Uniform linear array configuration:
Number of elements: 8
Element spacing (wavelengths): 0.75
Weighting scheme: hann
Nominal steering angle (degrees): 30
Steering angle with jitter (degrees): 30.752
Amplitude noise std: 0.05
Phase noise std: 0.05

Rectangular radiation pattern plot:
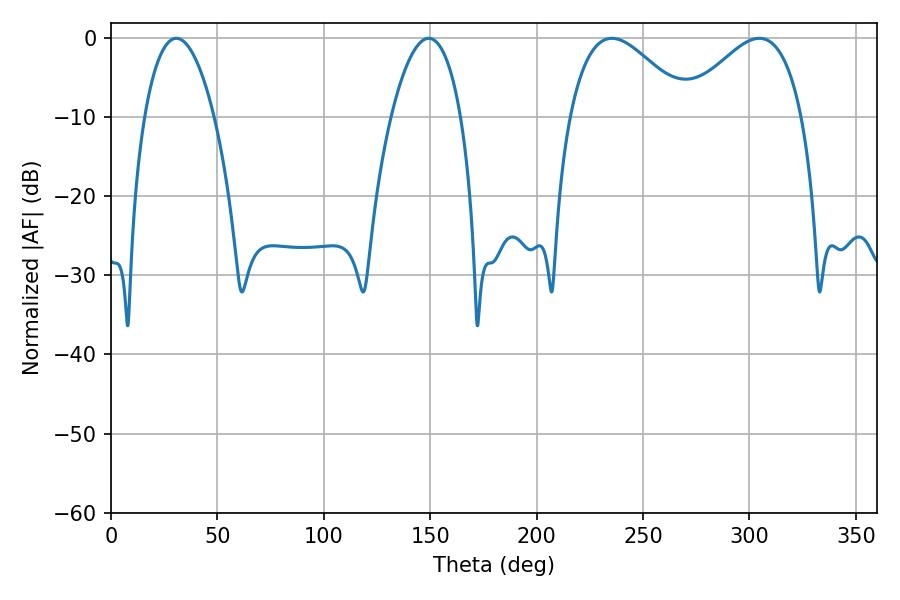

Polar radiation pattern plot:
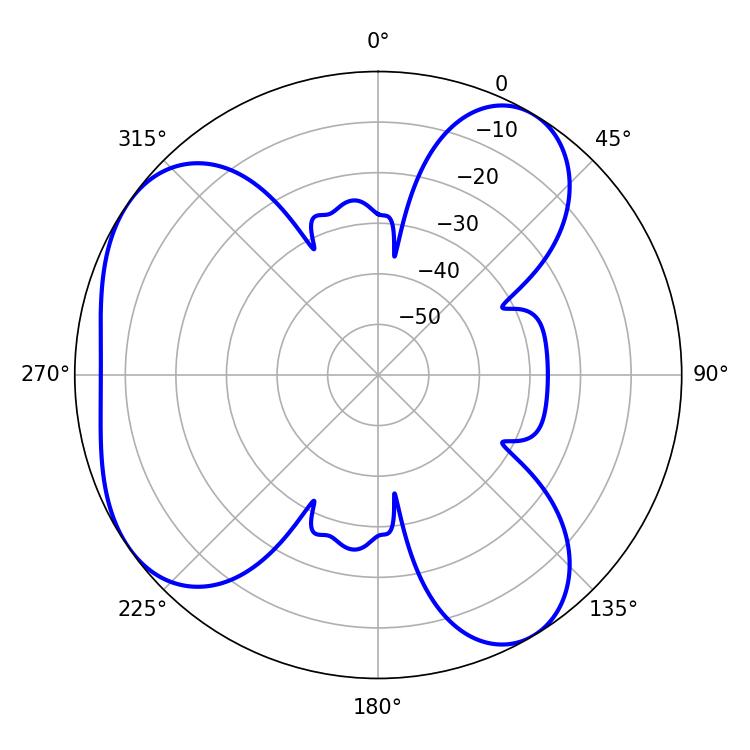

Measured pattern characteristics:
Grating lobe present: TRUE
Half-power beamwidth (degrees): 30.24
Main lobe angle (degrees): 304.56